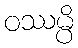
ဝဿမ္ပိ